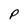
Character: P